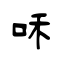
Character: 咊